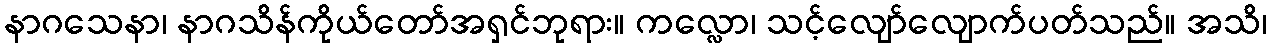
နာဂသေနာ၊ နာဂသိန်ကိုယ်တော်အရှင်ဘုရား။ ကလ္လော၊ သင့်လျော်လျောက်ပတ်သည်။ အသိ၊